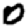
Digit: 0